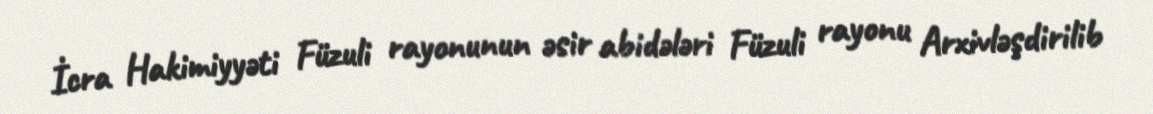
İcra Hakimiyyəti Füzuli rayonunun əsir abidələri Füzuli rayonu Arxivləşdirilib